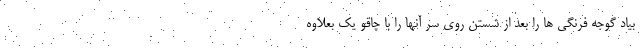
بیاد گوجه فرنگی ها را بعد از شستن روی سر آنها را با چاقو یک بعلاوه